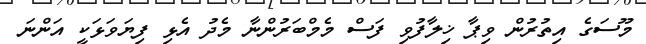
މޫސަގެ އިތުރުން ވިޕާ ޚިލާފުވި ފަސް މެމްބަރުންނާ މެދު އެޅި ފިޔަވަޅަކީ އަންނަ